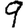
Digit: 9